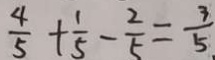
\frac { 4 } { 5 } + \frac { 1 } { 5 } - \frac { 2 } { 5 } = \frac { 3 } { 5 } .